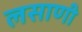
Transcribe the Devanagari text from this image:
लसाणी